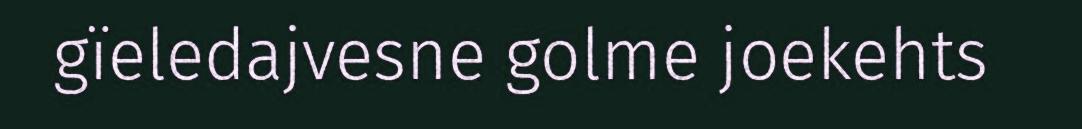
gïeledajvesne golme joekehts